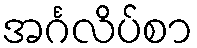
အင်္ဂလိပ်စာ